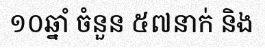
១០ឆ្នាំ ចំនួន ៥៧នាក់ និង